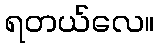
ရတယ်လေ။